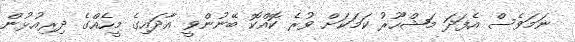
ނަމަވެސް އެފަދަ މަޝްހޫރު ކަމަކަށް ވުރެ ކޮއްކޮ ބޭނުންވީ އާދައިގެ މީހެއްގެ ދިރިއުޅުން